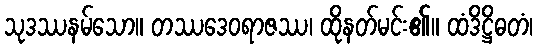
သုဒဿနမ်သော။ တဿဒေဝရာဇဿ၊ ထိုနတ်မင်း၏။ ထံဒိဋ္ဌိဓတံ၊